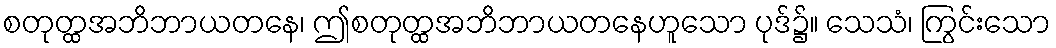
စတုတ္ထအဘိဘာယတနေ၊ ဤစတုတ္ထအဘိဘာယတနေဟူသော ပုဒ်၌။ သေသံ၊ ကြွင်းသော